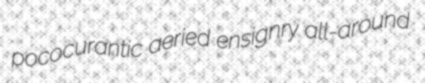
pococurantic aeried ensignry all-around